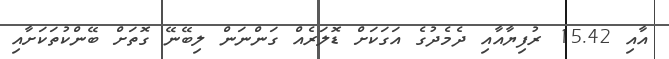
އާއި 15.42 ރުފިޔާއާއި ދެމެދުގެ އަގަކަށް ޑޮލަރެއް ގަންނަން ލިބޭނޭ ގޮތަށް ބޭންކުތަކަށާއި